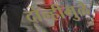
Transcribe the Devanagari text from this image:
दोन्हीमुळे